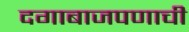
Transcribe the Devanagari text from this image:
दगाबाजपणाची